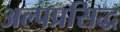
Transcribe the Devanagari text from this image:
अल्पप्रसिद्ध